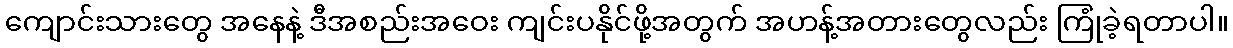
ကျောင်းသားတွေ အနေနဲ့ ဒီအစည်းအဝေး ကျင်းပနိုင်ဖို့အတွက် အဟန့်အတားတွေလည်း ကြုံခဲ့ရတာပါ။